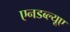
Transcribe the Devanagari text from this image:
एनडब्ल्यूए